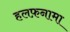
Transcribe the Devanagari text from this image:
हलफ़नामा